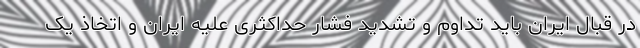
در قبال ایران باید تداوم و تشدید فشار حداکثری علیه ایران و اتخاذ یک